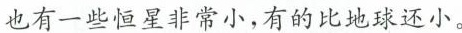
也有一些恒星非常小，有的比地球还小。